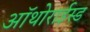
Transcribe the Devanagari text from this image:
ऑथोराईस्ड